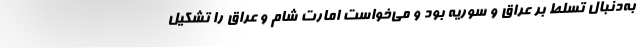
به‌دنبال تسلط بر عراق و سوریه بود و می‌خواست امارت شام و عراق را تشکیل